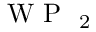
\mathrm { ~ W ~ P ~ } _ { \mathrm { ~ 2 ~ } }